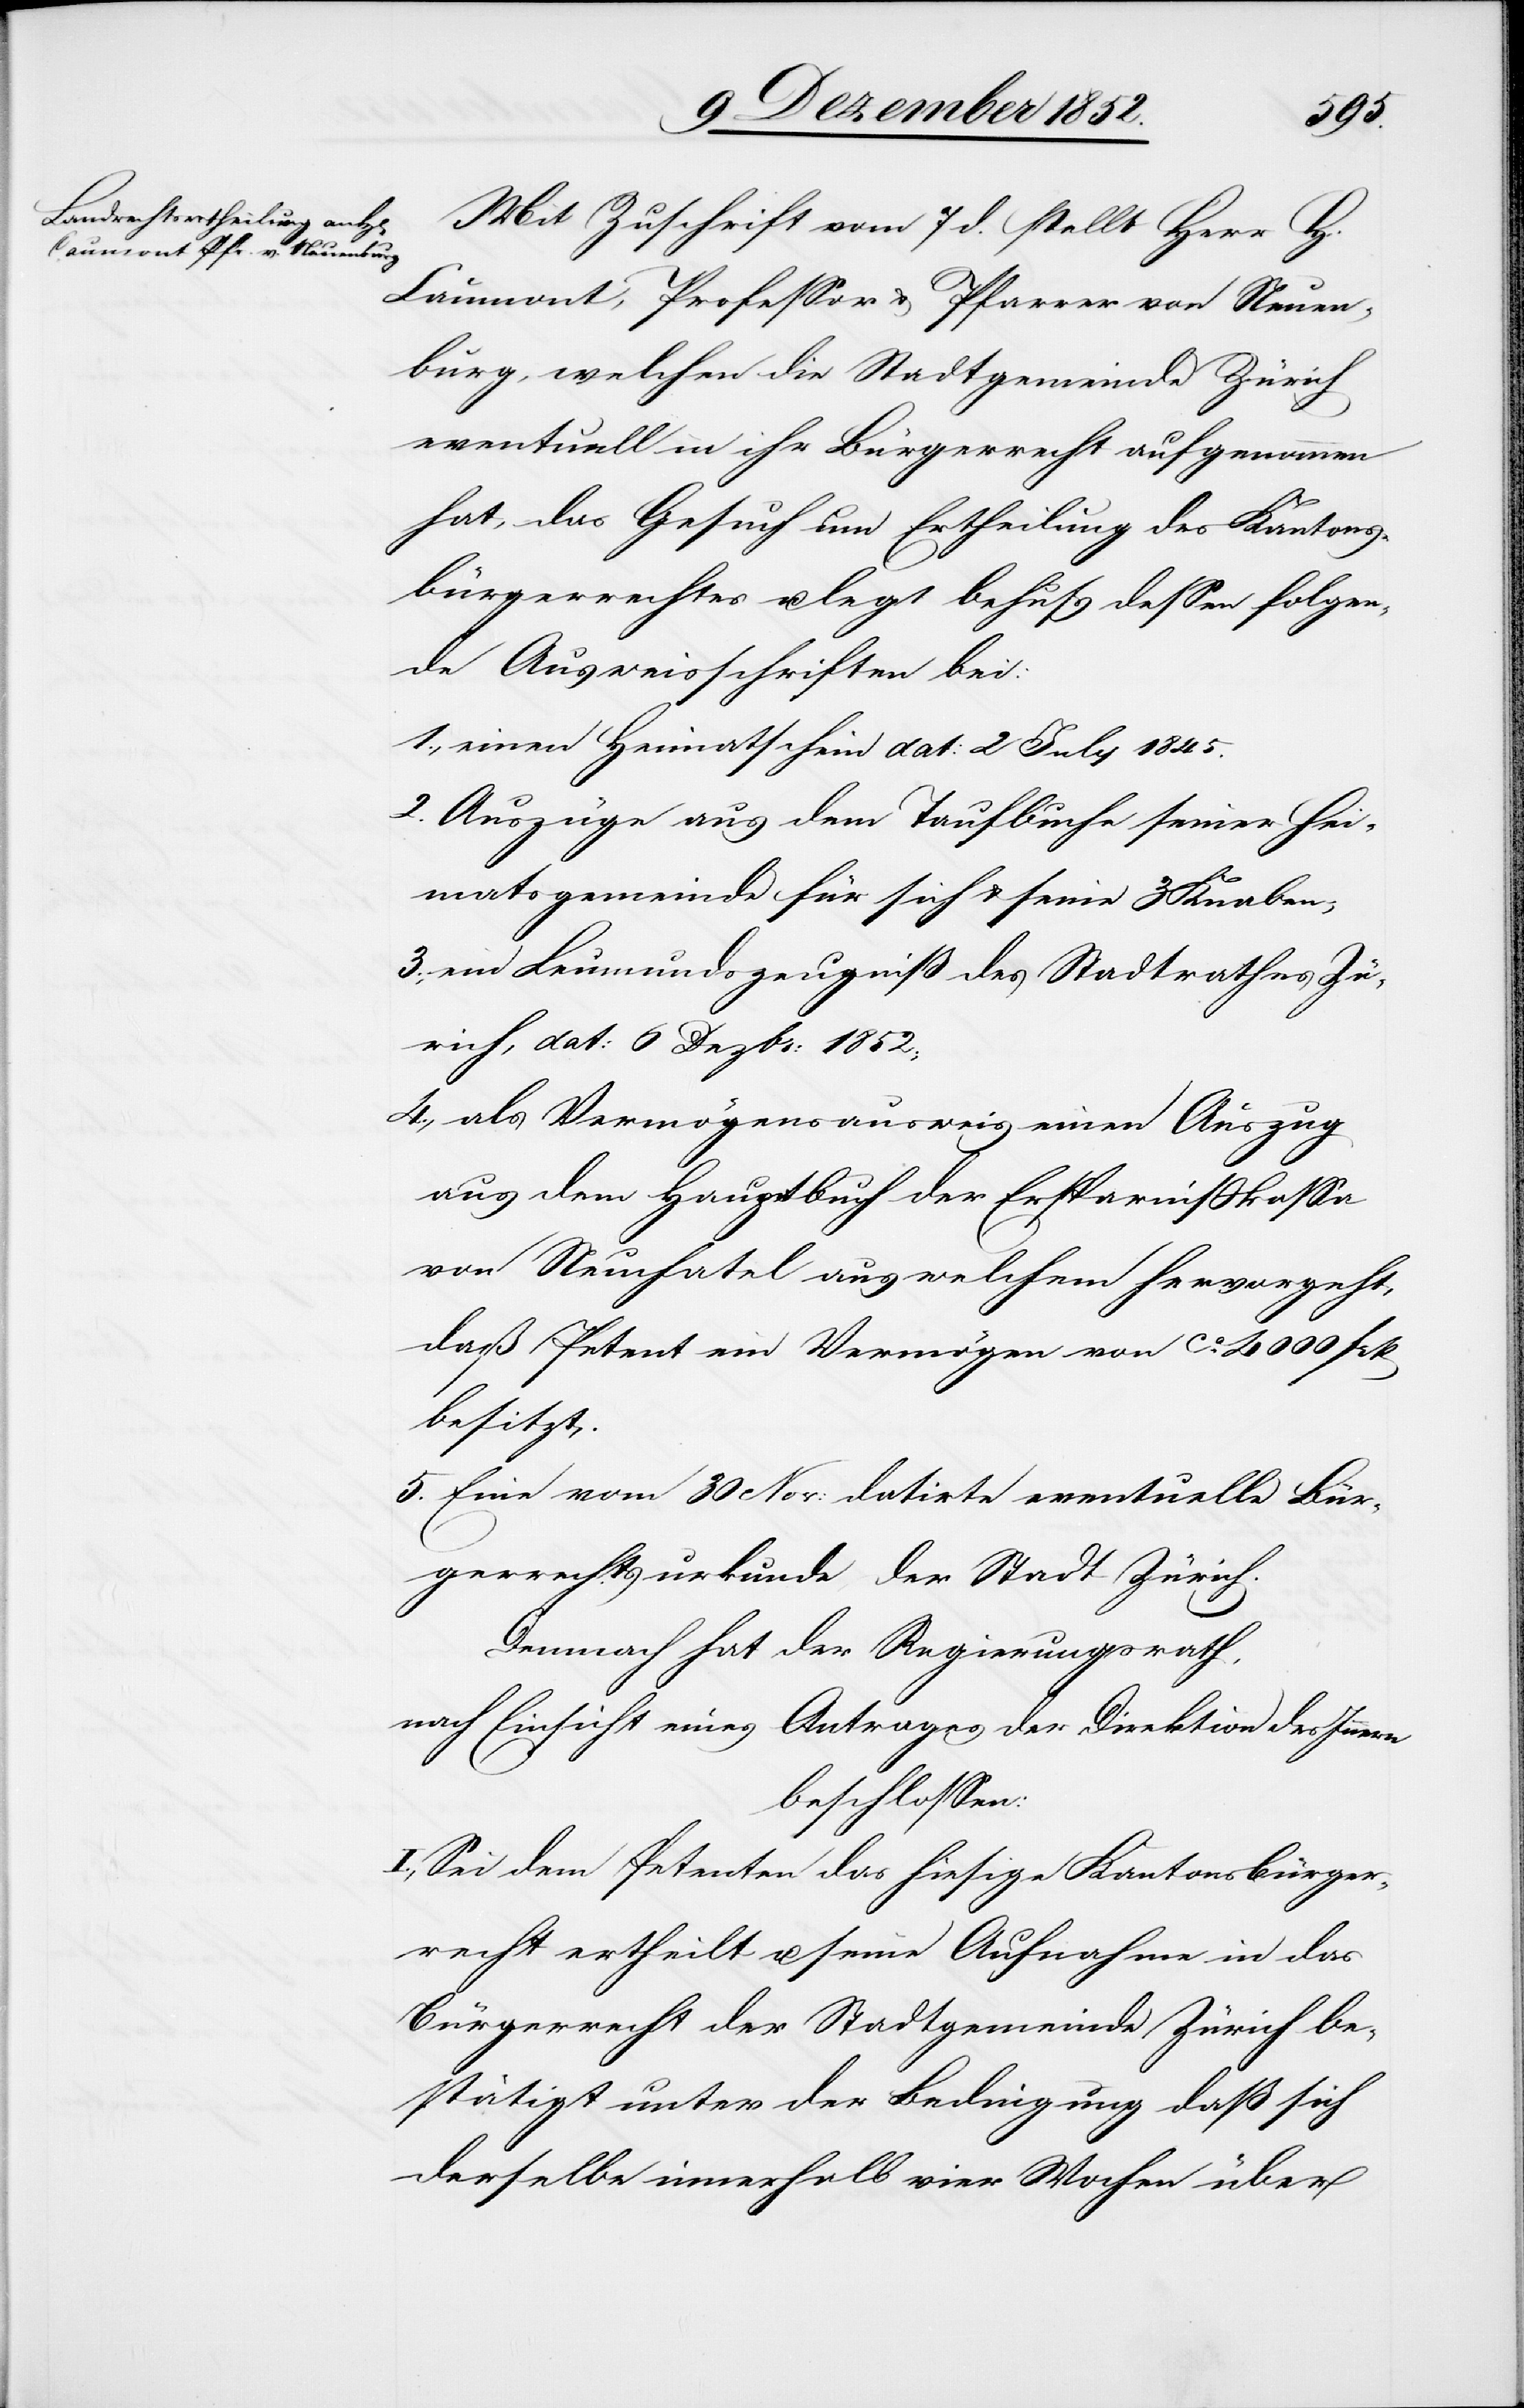
3.,
Mit Zuschrift vom 7 d. stellt Herr H.
Caumont, Professor & Pfarrer von Neuen¬
burg, welchen die Stadtgemeinde Zürich
eventuell in ihr Bürgerrecht aufgenommen
hat, das Gesuch um Ertheilung des Kantons¬
bürgerrechtes u. legt behufs dessen folgen¬
de Ausweisschriften bei:
einen Heimatschein dat: 2 July 1845.
Auszüge aus dem Taufbuche seiner Hei¬
matsgemeinde für sich & seine 3 Knaben;
ein Leumundszeugniß des Stadtrathes Zü¬
rich, dat: 6 Dezbr: 1852;
als Vermögensausweis einen Auszug
aus dem Hauptbuch der Ersparnißkassa
von Neuchatel aus welchem hervorgeht,
daß Petent ein Vermögen von ca. 4000 Frk
besitzt.
Eine vom 30 Nov: datirte eventuelle Bür¬
gerrechtsurkunde der Stadt Zürich.
Demnach hat der Regierungsrath,
nach Einsicht eines Antrages der Direktion des Innern
beschlossen:
I., Sei dem Petenten das hiesige Kantonsbürger¬
recht ertheilt u. seine Aufnahme in das
Bürgerrecht der Stadtgemeinde Zürich be¬
stätigt unter der Bedingung daß sich
derselbe innerhalb vier Wochen über